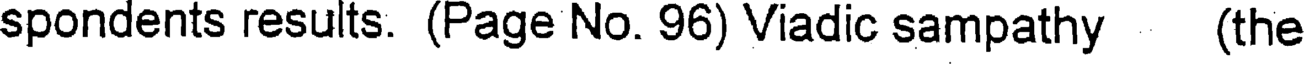
spondents results. (Page No. 96) Viadic sampathy (the